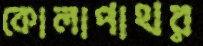
কোলাপাথর